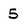
Character: 5